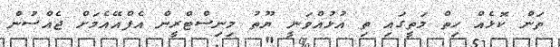
ތަން ކޮޅެއް ހިތް މަތީގައި ތި އުޅުއްވަނީ ޔޫތު މިނިސްޓްރީން އެފްއޭއެމަށް ޖެއްސުން